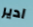
ادير